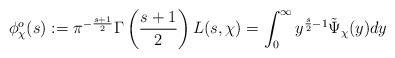
LaTeX: \begin{align*}\phi_{\chi}^o(s) := \pi^{-\frac{s+1}{2}}\Gamma\left(\frac{s+1}{2}\right)L(s,\chi) = \int_{0}^{\infty} y^{\frac{s}{2}-1} \tilde{\Psi}_{\chi}(y) dy \end{align*}